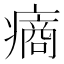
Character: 𤹟